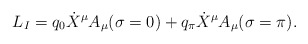
\begin{align*} L_I=q_0\dot{X}^\mu A_\mu (\sigma = 0 )+q_\pi \dot{X}^\mu A_\mu (\sigma = \pi ).\end{align*}